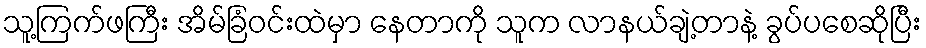
သူ့ကြက်ဖကြီး အိမ်ခြံဝင်းထဲမှာ နေတာကို သူက လာနယ်ချဲ့တာနဲ့ ခွပ်ပစေဆိုပြီး